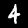
Label: 4